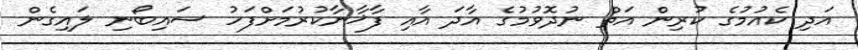
އަދި ކެއުމުގެ ކުރިން އަތް ނުދޮވުމުގެ އާދަ އާއި ފާޚާނާކުރުމަށްފަހު ސައިބޯނި ލައިގެން